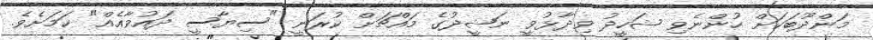
މަންދޫބަކަށް ހުންނެވި ޝަހީދު ވިދާޅުވީ ނަޝީދުގެ މައްޗަށް ކުރަނީ "ސިޔާސީ ދައުވާއެއް" ކަމަށެވެ.